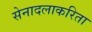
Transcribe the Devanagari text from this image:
सेनादलाकरिता